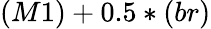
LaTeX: (M1)+0.5*(br)